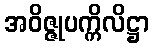
အဝိဇ္ဇုပက္ကိလိဋ္ဌာ